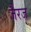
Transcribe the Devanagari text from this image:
जैरज